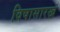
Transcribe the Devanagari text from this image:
विषासारखं